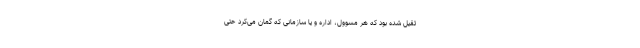
ثقیل شده بود که هر مسوول، اداره و یا سازمانی که گمان می‌کرد حتی‌